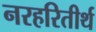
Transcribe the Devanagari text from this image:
नरहरितीर्थ